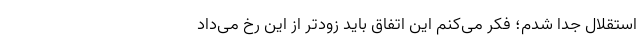
استقلال جدا شدم؛ فکر می‌کنم این اتفاق باید زودتر از این رخ می‌داد